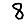
Digit: 8